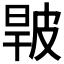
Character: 𤿧